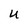
Character: u